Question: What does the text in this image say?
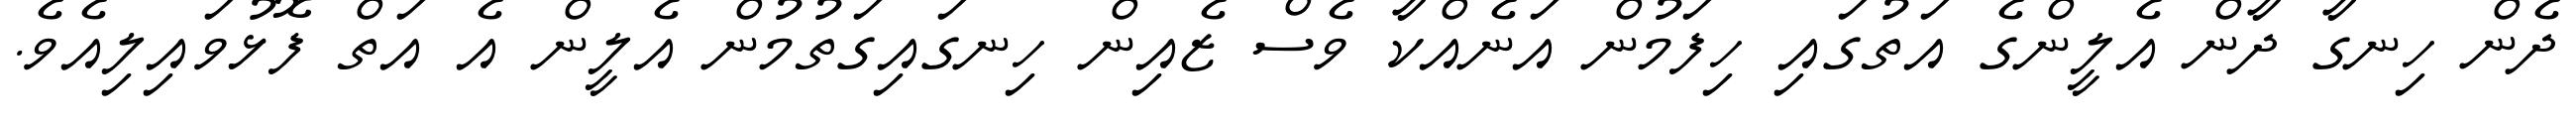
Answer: ދެން ހިނގާ ދާން އެލީންގެ އަތުގައި ހިފަމުން އަނެއްކާ ވެސް ޒެއިން ހިނގައިގަތުމުން އެލީން އެ އަތް ފޮޅުވައިލިއެވެ.